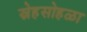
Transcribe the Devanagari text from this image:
स्नेहसोहळा